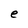
Character: e